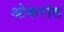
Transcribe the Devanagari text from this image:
ओकरांत